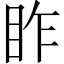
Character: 𥅁